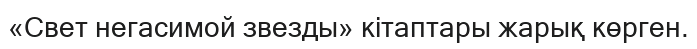
«Свет негасимой звезды» кітаптары жарық көрген.